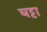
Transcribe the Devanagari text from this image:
घट्टा